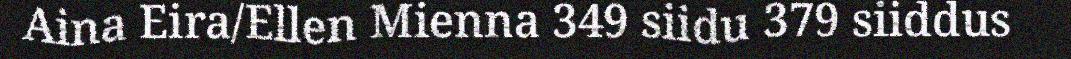
Aina Eira/Ellen Mienna 349 siidu 379 siiddus